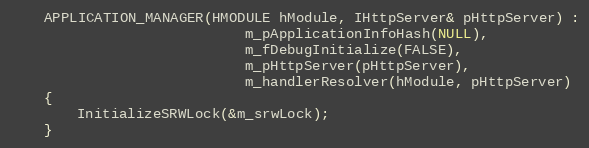
Language: C
    APPLICATION_MANAGER(HMODULE hModule, IHttpServer& pHttpServer) :
                            m_pApplicationInfoHash(NULL),
                            m_fDebugInitialize(FALSE),
                            m_pHttpServer(pHttpServer),
                            m_handlerResolver(hModule, pHttpServer)
    {
        InitializeSRWLock(&m_srwLock);
    }